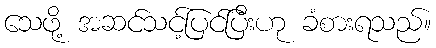
သေဖို့ အဆင်သင့်ပြင်ပြီးဟု ခံစားရသည်။